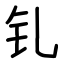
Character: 钆